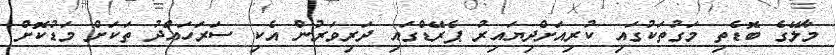
މާލޭގެ ބޮޑެތި މަގުތަކުގައި ކުރިއަށްދިޔައިރު ޕެރޭޑްގައި ދަރިވަރުން އެކި ސަރަހައްދު ތަކަށް މަޑުކޮށް